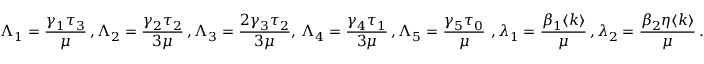
\Lambda _ { 1 } = \frac { \gamma _ { 1 } \tau _ { 3 } } { \mu } \, , \Lambda _ { 2 } = \frac { \gamma _ { 2 } \tau _ { 2 } } { 3 \mu } \, , \Lambda _ { 3 } = \frac { 2 \gamma _ { 3 } \tau _ { 2 } } { 3 \mu } , \, \Lambda _ { 4 } = \frac { \gamma _ { 4 } \tau _ { 1 } } { 3 \mu } \, , \Lambda _ { 5 } = \frac { \gamma _ { 5 } \tau _ { 0 } } { \mu } \, \, , \lambda _ { 1 } = \frac { \beta _ { 1 } \langle k \rangle } { \mu } \, , \lambda _ { 2 } = \frac { \beta _ { 2 } \eta \langle k \rangle } { \mu } \, .